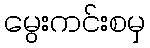
မွေးကင်းစမှ